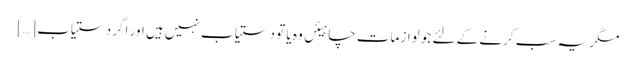
مگر یہ سب کرنے کے لئے جو لوازمات چاہیئں وہ یا تو دستیاب نہیں ہیں اور اگر دستیاب […]